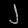
Digit: ၂